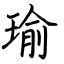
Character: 瑜